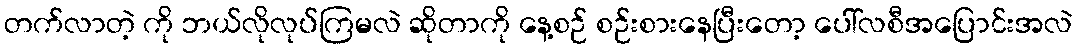
တက်လာတဲ့ ကို ဘယ်လိုလုပ်ကြမလဲ ဆိုတာကို နေ့စဉ် စဉ်းစားနေပြီးတော့ ပေါ်လစီအပြောင်းအလဲ